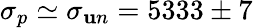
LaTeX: \sigma_{p}\simeq\sigma_{\mathbf{u}n}=5333\pm7